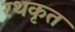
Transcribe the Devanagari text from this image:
रथकृत